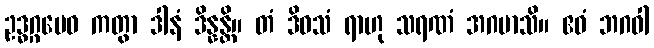
ဥဒ္ဓဂ္ဂမေဝ ကတွာ ဒါနံ ဒိန္နန္တိ။ တံ ဒိဝသံ ရာဟု သရဏံ အဂမာသိ။ ဧဝံ ဘဂဝါ